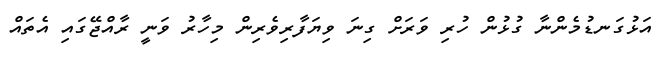
އަޅުގަނޑުމެންނާ ގުޅުން ހުރި ވަރަށް ގިނަ ވިޔަފާރިވެރިން މިހާރު ވަނީ ރާއްޖޭގައި އެތައް